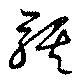
騏